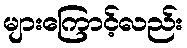
များကြောင့်လည်း